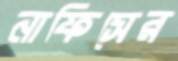
নাফিসের